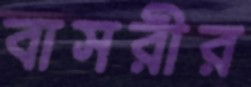
বাসরীর